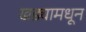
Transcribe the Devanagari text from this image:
खड्यामधून